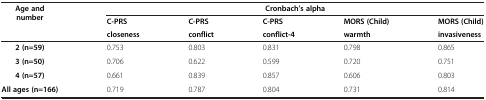
<table><thead><tr><td><b>Age and number</b></td><td colspan="5"><b>Cronbach’s alpha</b></td></tr><tr><td><b> </b></td><td><b>C-PRS</b></td><td><b>C-PRS</b></td><td><b>C-PRS</b></td><td><b>MORS (Child)</b></td><td><b>MORS (Child)</b></td></tr><tr><td><b> </b></td><td><b>closeness</b></td><td><b>conflict</b></td><td><b>conflict-4</b></td><td><b>warmth</b></td><td><b>invasiveness</b></td></tr></thead><tbody><tr><td><b>2 (n=59)</b></td><td>0.753</td><td>0.803</td><td>0.831</td><td>0.798</td><td>0.865</td></tr><tr><td><b>3 (n=50)</b></td><td>0.706</td><td>0.622</td><td>0.599</td><td>0.720</td><td>0.751</td></tr><tr><td><b>4 (n=57)</b></td><td>0.661</td><td>0.839</td><td>0.857</td><td>0.606</td><td>0.803</td></tr><tr><td><b>All ages (n=166)</b></td><td>0.719</td><td>0.787</td><td>0.804</td><td>0.731</td><td>0.814</td></tr></tbody></table>